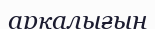
арқалығын